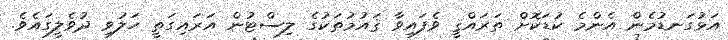
އަޅުގަނޑުމެން އެންމެ ކުޑަކޮށް ތަރައްޤީ ވެފައިވާ ޤައުމުތަކުގެ ލިސްޓުން އަރައިގަތީ ހަލުވި ދުވެލީގައެވެ.